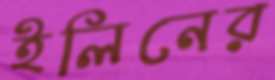
ইলিনের